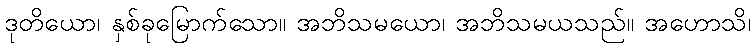
ဒုတိယော၊ နှစ်ခုမြောက်သော။ အဘိသမယော၊ အဘိသမယသည်။ အဟောသိ၊